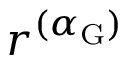
r ^ { ( \alpha _ { \mathrm { G } } ) }